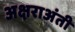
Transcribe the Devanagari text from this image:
अक्षराअंती